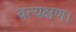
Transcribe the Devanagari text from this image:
बत्यक्षण।